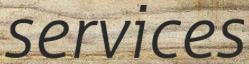
services